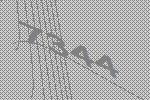
7344